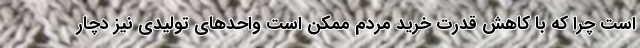
است چرا که با کاهش قدرت خرید مردم ممکن است واحدهای تولیدی نیز دچار